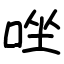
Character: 唑